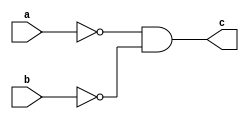
`timescale 1ns / 1ps


module de_morgan_1_b(
    input a,
    input b,
    output c
    );
    assign c=(~a)&(~b);
endmodule